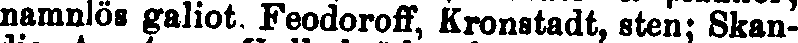
namnlos galiot. Feodoroff, Kronstadt, sten; Skan-